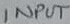
Text: INPUT